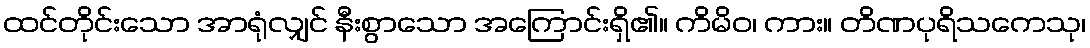
ထင်တိုင်းသော အာရုံလျှင် နီးစွာသော အကြောင်းရှိ၏။ ကိမိဝ၊ ကား။ တိဏပုရိသကေသု၊